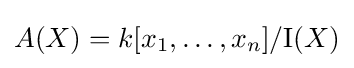
A(X)=k[x_{1},\ldots ,x_{n}]/\mathrm {I} (X)